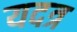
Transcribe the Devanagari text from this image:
यदत्र